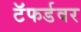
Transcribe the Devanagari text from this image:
टॅफर्डवर